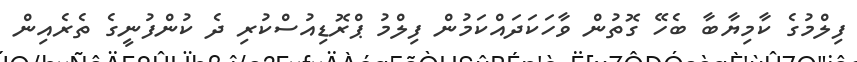
ފިލްމުގެ ކާމިޔާބާ ބެހޭ ގޮތުން ވާހަކަދައްކަމުން ފިލްމު ޕްރޮޑިއުސްކުރި ދެ ކުންފުނީގެ ތެރެއިން